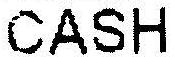
CASH